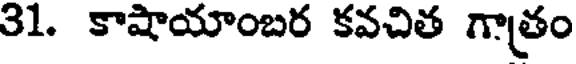
31. కాషాయాంబర కవచిత గాత్రం